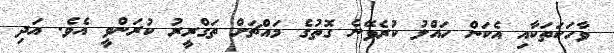
ވާހަކަތަކާއި އެކަން ހައްލު ކުރެވޭނެ ގޮތުގެ މައްޗަށް ތަގްރީރު ކުރަންވީ އެވެ. އަދި